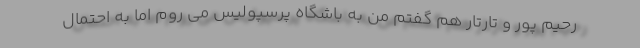
رحیم پور و تارتار هم گفتم من به باشگاه پرسپولیس می روم اما به احتمال